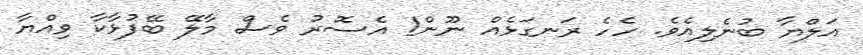
އަލްޔާ ބުނެލިއެވެ. ހެހެ ރަނގަޅެއް ނޫން! އެސޮރު ވެސް މާލޭ ބޭފުޅާކާ ވިއްޔާ